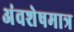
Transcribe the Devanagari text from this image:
अंवशेषमात्र